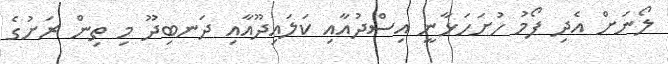
ލޯނަށް އެދި ފޯމު ހުށަހަޅާނީ އިސްދުއާއި ކަލައިދޫއާއި ދަނބިދޫ މި ތިން ރަށުގެ